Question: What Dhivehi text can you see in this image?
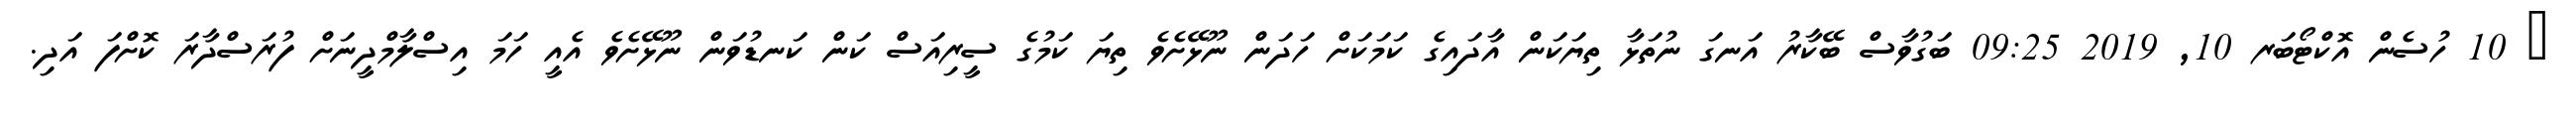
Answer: ? 10 ހުސެން އޮކްޓޯބަރ 10, 2019 09:25 ބަގުވާސް ބޭކާރު އަނގަ ނުތަޅާ ތިޔަކަން އާދައިގެ ކަމަކަށް ހަދަން ނޫޅޭށެވެ ތިޔަ ކަމުގެ ސީރިއަސް ކަން ކަނޑުވަން ނޫޅޭށެވެ އެއީ ހަމަ އިސްލާމްދީނަށް ފުރަސްދާރަ ކޮށްފަ އަދި.